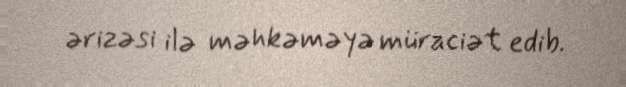
ərizəsi ilə məhkəməyə müraciət edib.